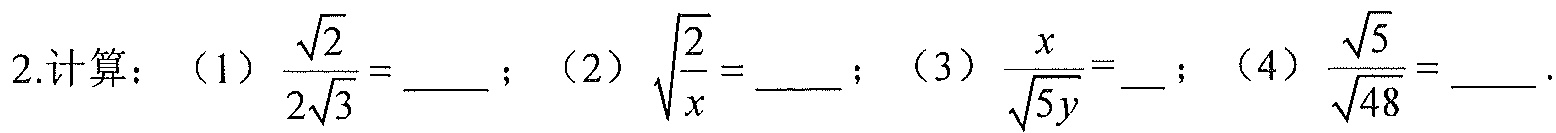
2.计算：（1）\(\frac{\sqrt{2}}{2\sqrt{3}} = \_\_\_\)；（2）\(\sqrt{\frac{2}{x}} = \_\_\_\)；（3）\(\frac{x}{\sqrt{5y}}=\) \_ ；（4）\(\frac{\sqrt{5}}{\sqrt{48}} = \_\_\_\).